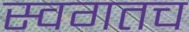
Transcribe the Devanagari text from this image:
स्वगतच